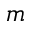
m